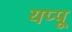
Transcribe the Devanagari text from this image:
यप्पू